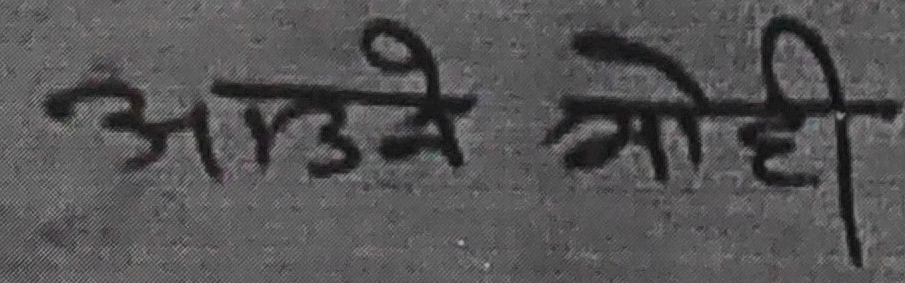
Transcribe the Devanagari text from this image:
आउने गोही